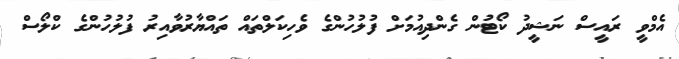
އެމްވީ ރައީސް ނަޝީދު ކޯޓުން ގެންދިއުމަށް ފުލުހުންގެ ވެހިކަލްތައް ތައްޔާރުވާއިރު ފުލުހުންގެ ކްލޯސް